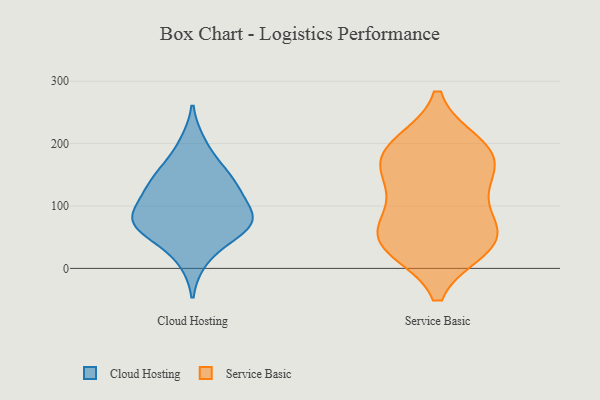
{"axis": {"x": "Waste Production (Tons)", "y": "Value"}, "legend": ["Cloud Hosting", "Service Basic"], "data": [{"x": "", "y": 57, "type": "Cloud Hosting"}, {"x": "", "y": 78, "type": "Cloud Hosting"}, {"x": "", "y": 75, "type": "Cloud Hosting"}, {"x": "", "y": 84, "type": "Cloud Hosting"}, {"x": "", "y": 69, "type": "Cloud Hosting"}, {"x": "", "y": 130, "type": "Cloud Hosting"}, {"x": "", "y": 159, "type": "Cloud Hosting"}, {"x": "", "y": 66, "type": "Cloud Hosting"}, {"x": "", "y": 15, "type": "Cloud Hosting"}, {"x": "", "y": 145, "type": "Cloud Hosting"}, {"x": "", "y": 199, "type": "Cloud Hosting"}, {"x": "", "y": 106, "type": "Cloud Hosting"}, {"x": "", "y": 128, "type": "Cloud Hosting"}, {"x": "", "y": 35, "type": "Service Basic"}, {"x": "", "y": 187, "type": "Service Basic"}, {"x": "", "y": 47, "type": "Service Basic"}, {"x": "", "y": 138, "type": "Service Basic"}, {"x": "", "y": 64, "type": "Service Basic"}, {"x": "", "y": 37, "type": "Service Basic"}, {"x": "", "y": 118, "type": "Service Basic"}, {"x": "", "y": 55, "type": "Service Basic"}, {"x": "", "y": 179, "type": "Service Basic"}, {"x": "", "y": 175, "type": "Service Basic"}, {"x": "", "y": 197, "type": "Service Basic"}]}